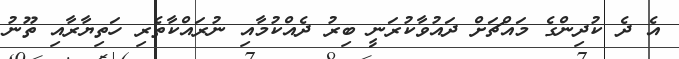
އެ ދެ ކުދިންގެ މައްޗަށް ދައުވާކުރަނީ ބިރު ދެއްކުމާއި ނުރައްކާތެރި ހަތިޔާރާއި ތޫނު